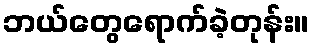
ဘယ်တွေရောက်ခဲ့တုန်း။